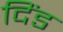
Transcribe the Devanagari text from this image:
दिंड